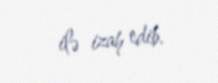
ilə izah edib.